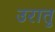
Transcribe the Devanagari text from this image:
उरातु